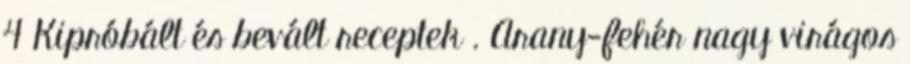
4 Kipróbált és bevált receptek . Arany-fehér nagy virágos